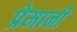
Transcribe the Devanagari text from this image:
प्रेमानी